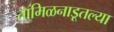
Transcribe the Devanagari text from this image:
तामिळनाडूतल्या